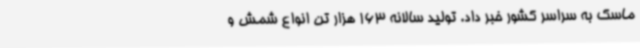
ماسک به سراسر کشور خبر داد. تولید سالانه 163 هزار تن انواع شمش و